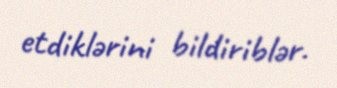
etdiklərini bildiriblər.